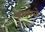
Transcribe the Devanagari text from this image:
डायरने